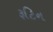
રૂટિન